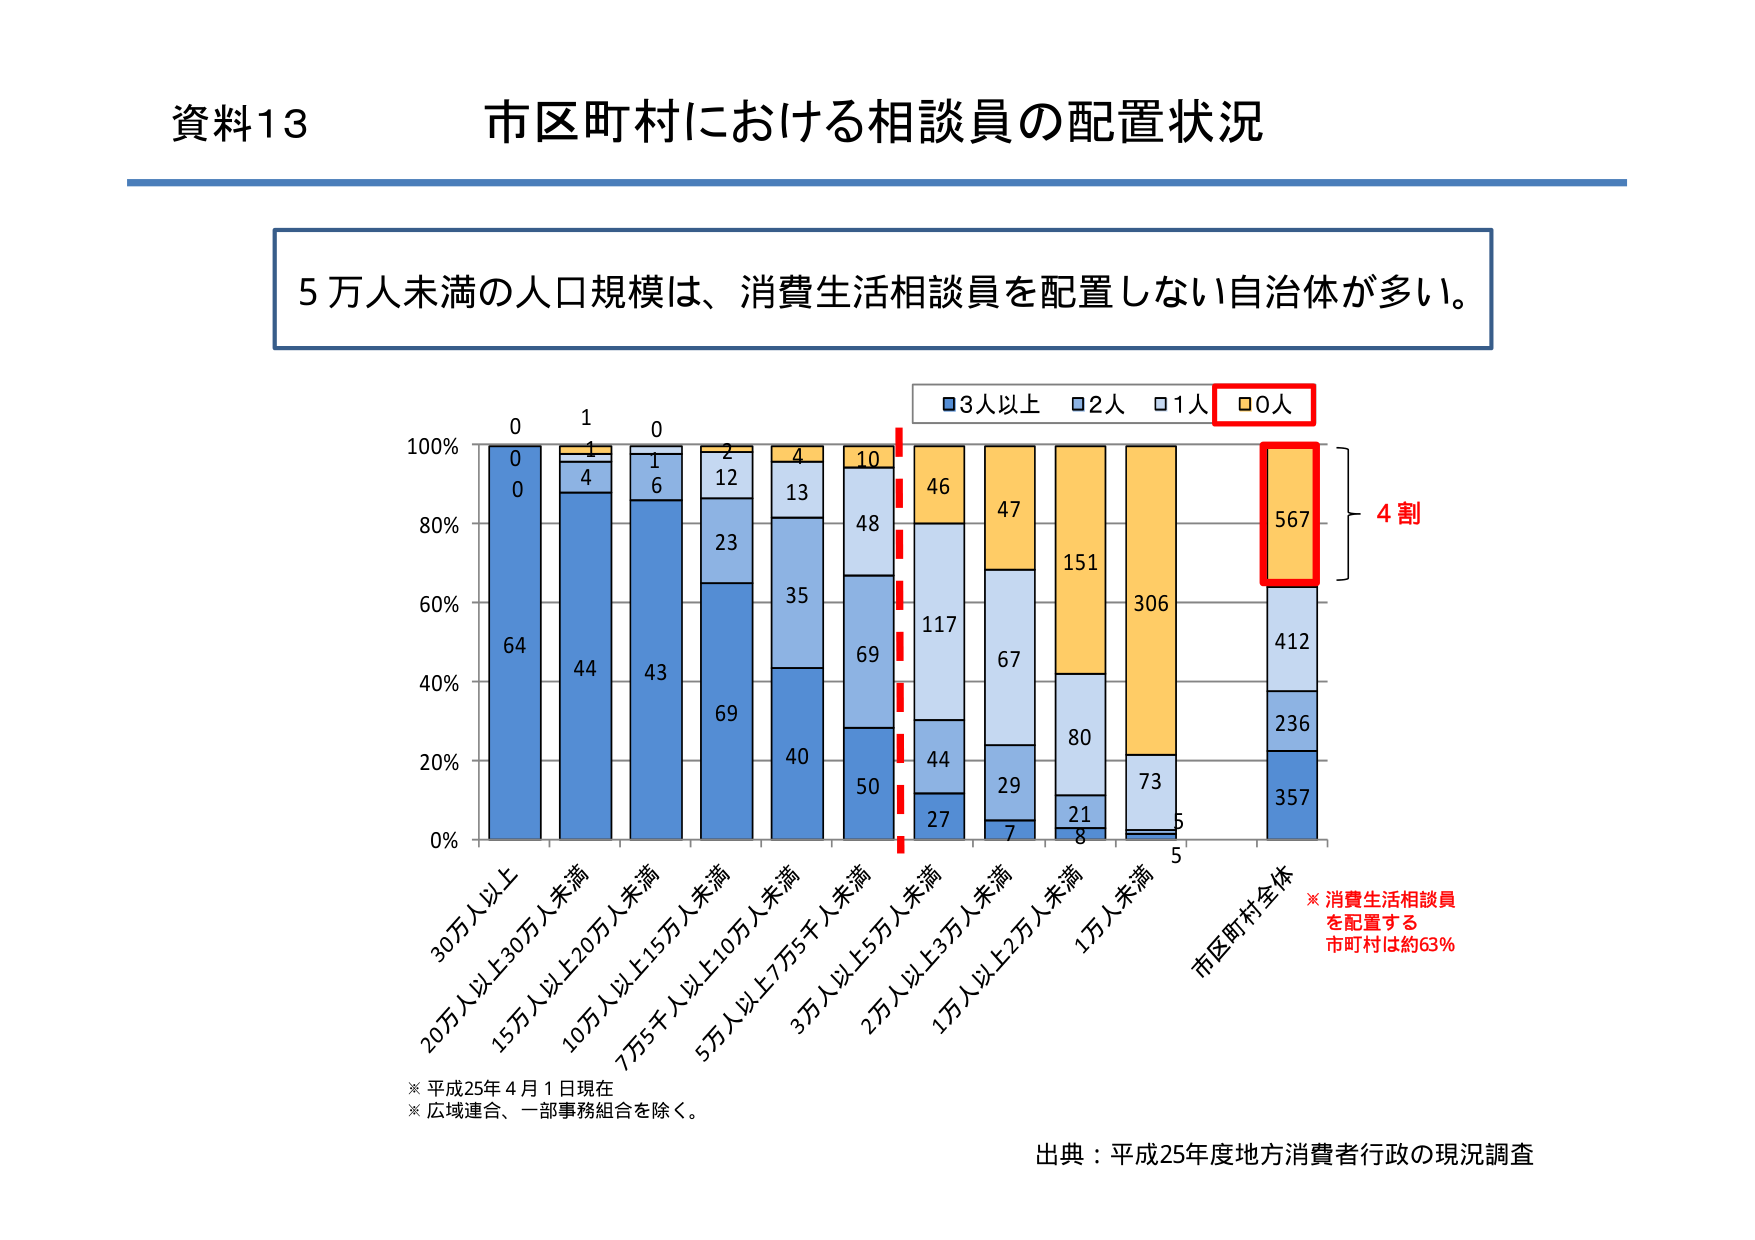
資料13 市区町村における相談員の配置状況

5万人未満の人口規模は、消費生活相談員を配置しない自治体が多い。

■3人以上 □2人 □1人 ■0人

100%
80%
60%
40%
20%
0%

30万人以上
20万人以上30万人未満
15万人以上20万人未満
10万人以上15万人未満
7万5千人以上10万人未満
5万人以上7万5千人未満
3万人以上5万人未満
2万人以上3万人未満
1万人以上2万人未満
1万人未満
市区町村全体

0
0
64
1
4
44
0
1
6
43
2
12
23
69
4
13
35
40
10
48
69
50
46
117
44
27
47
67
29
7
151
80
21
8
306
73
5
567
412
236
357

4割

※消費生活相談員
を配置する
市町村は約63%

※平成25年4月1日現在
※広域連合、一部事務組合を除く。

出典：平成25年度地方消費者行政の現況調査